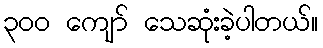
၃၀၀ ကျော် သေဆုံးခဲ့ပါတယ်။